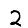
Digit: 2